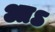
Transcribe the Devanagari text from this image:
आऽ